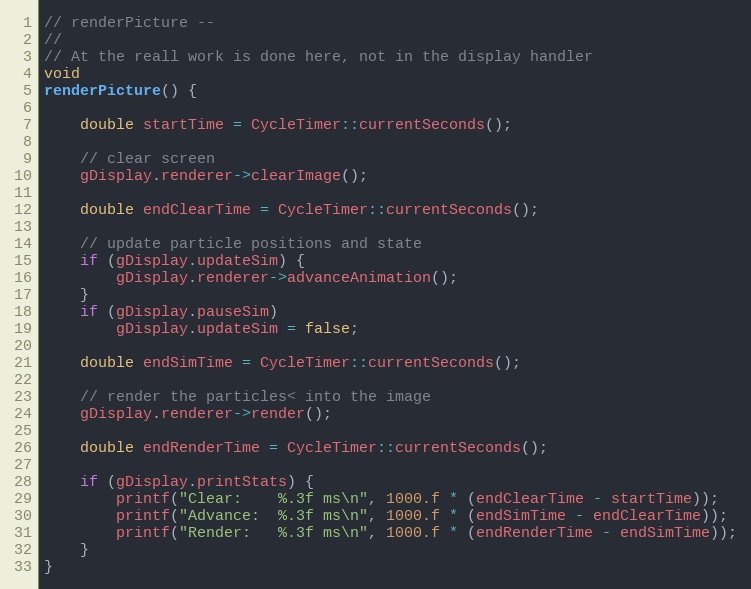
Language: C++
// renderPicture --
//
// At the reall work is done here, not in the display handler
void
renderPicture() {

    double startTime = CycleTimer::currentSeconds();

    // clear screen
    gDisplay.renderer->clearImage();

    double endClearTime = CycleTimer::currentSeconds();

    // update particle positions and state
    if (gDisplay.updateSim) {
        gDisplay.renderer->advanceAnimation();
    }
    if (gDisplay.pauseSim)
        gDisplay.updateSim = false;

    double endSimTime = CycleTimer::currentSeconds();

    // render the particles< into the image
    gDisplay.renderer->render();

    double endRenderTime = CycleTimer::currentSeconds();

    if (gDisplay.printStats) {
        printf("Clear:    %.3f ms\n", 1000.f * (endClearTime - startTime));
        printf("Advance:  %.3f ms\n", 1000.f * (endSimTime - endClearTime));
        printf("Render:   %.3f ms\n", 1000.f * (endRenderTime - endSimTime));
    }
}